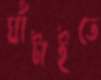
ঘাঁটাইতে